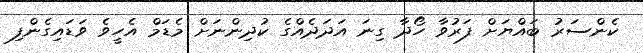
ކެންސަރު ބައްޔަށް ފަރުވާ ހޯދާ ގިނަ އަދަދެއްގެ ކުދިންނަށް މެޑަމް އެހީވެ ވަޑައިގެންފި